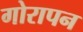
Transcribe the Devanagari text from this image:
गोरापन